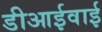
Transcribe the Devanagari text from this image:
डीआईवाई